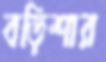
বড়িশার